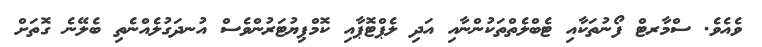
ވެއެވެ. ސްމާރޓް ފޯނުތަކާއި ޓެބްލެތްތަކުންނާއި އަދި ލެޕްޓޮޕާއި ކޮމްޕިޔުޓަރުންވެސް އުނދަގުލެއްނެތި ބެލޭނެ ގޮތަށް